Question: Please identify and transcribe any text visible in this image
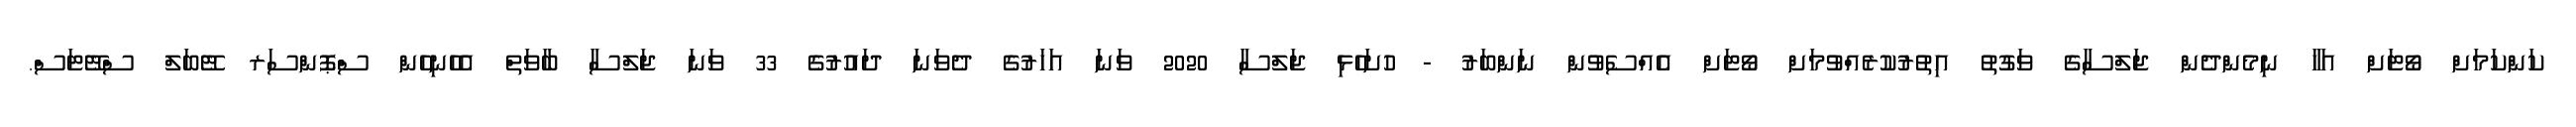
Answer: ކަންކަމަށް ވޯޓަށް އަހާ ނިމެންދެން ޖަލްސާގެ ވަގުތު އިތުރުކުރެއްވުމަށް ވޯޓަށް އެއްސެވުން ނަންބަރު - ހުށަހެޅި ޖަލްސާ 2020 ވަނަ އަހަރުގެ ދެވަނަ ދައުރުގެ 33 ވަނަ ޖަލްސާ ބާވަތް އެހެނިހެން ސްޕޮންސަރ ޓޭބަލް ސްޓޭޓަސް.